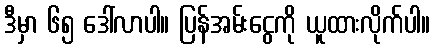
ဒီမှာ ၆၅ ဒေါ်လာပါ။ ပြန်အမ်းငွေကို ယူထားလိုက်ပါ။